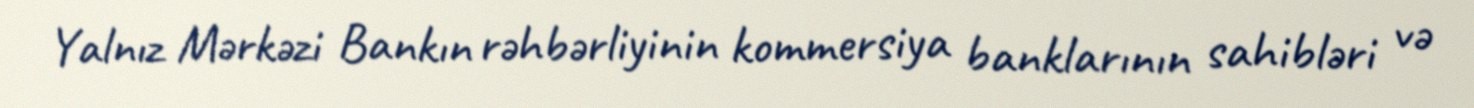
Yalnız Mərkəzi Bankın rəhbərliyinin kommersiya banklarının sahibləri və